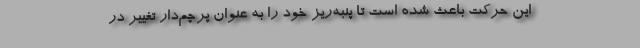
این حرکت باعث شده است تا پنبه‌ریز خود را به عنوان پرچم‌دار تغییر در